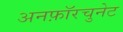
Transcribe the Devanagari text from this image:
अनफ़ॉरचुनेट